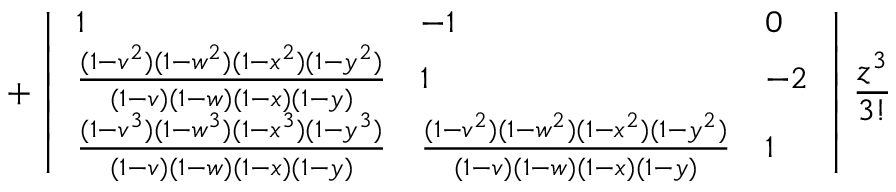
+ \left| \begin{array} { l l l } { 1 } & { - 1 } & { 0 } \\ { \frac { ( 1 - v ^ { 2 } ) ( 1 - w ^ { 2 } ) ( 1 - x ^ { 2 } ) ( 1 - y ^ { 2 } ) } { ( 1 - v ) ( 1 - w ) ( 1 - x ) ( 1 - y ) } } & { 1 } & { - 2 } \\ { \frac { ( 1 - v ^ { 3 } ) ( 1 - w ^ { 3 } ) ( 1 - x ^ { 3 } ) ( 1 - y ^ { 3 } ) } { ( 1 - v ) ( 1 - w ) ( 1 - x ) ( 1 - y ) } } & { \frac { ( 1 - v ^ { 2 } ) ( 1 - w ^ { 2 } ) ( 1 - x ^ { 2 } ) ( 1 - y ^ { 2 } ) } { ( 1 - v ) ( 1 - w ) ( 1 - x ) ( 1 - y ) } } & { 1 } \end{array} \right| \frac { z ^ { 3 } } { 3 ! }